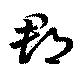
郡